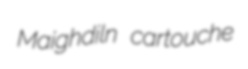
Maighdiln cartouche